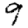
Digit: 9